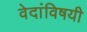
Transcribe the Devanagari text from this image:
वेदांविषयी